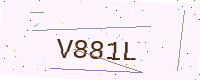
Text: V881L